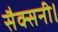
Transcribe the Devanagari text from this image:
सैक्सनी।